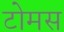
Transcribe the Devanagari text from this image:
टोमस